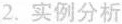
2.实例分析